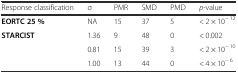
| Response classification | σ | PMR | SMD | PMD | p-value |
 | --- | --- | --- | --- | --- | --- |
 | EORTC 25 % | NA | 15 | 37 | 5 | < 2 × 10− 12 |
 | <ROWSPAN=3> STARCIST | 1.36 | 9 | 48 | 0 | < 0.002 |
 | 0.81 | 15 | 39 | 3 | < 2 × 10− 10 |
 | 1.00 | 13 | 44 | 0 | < 4 × 10− 6 |